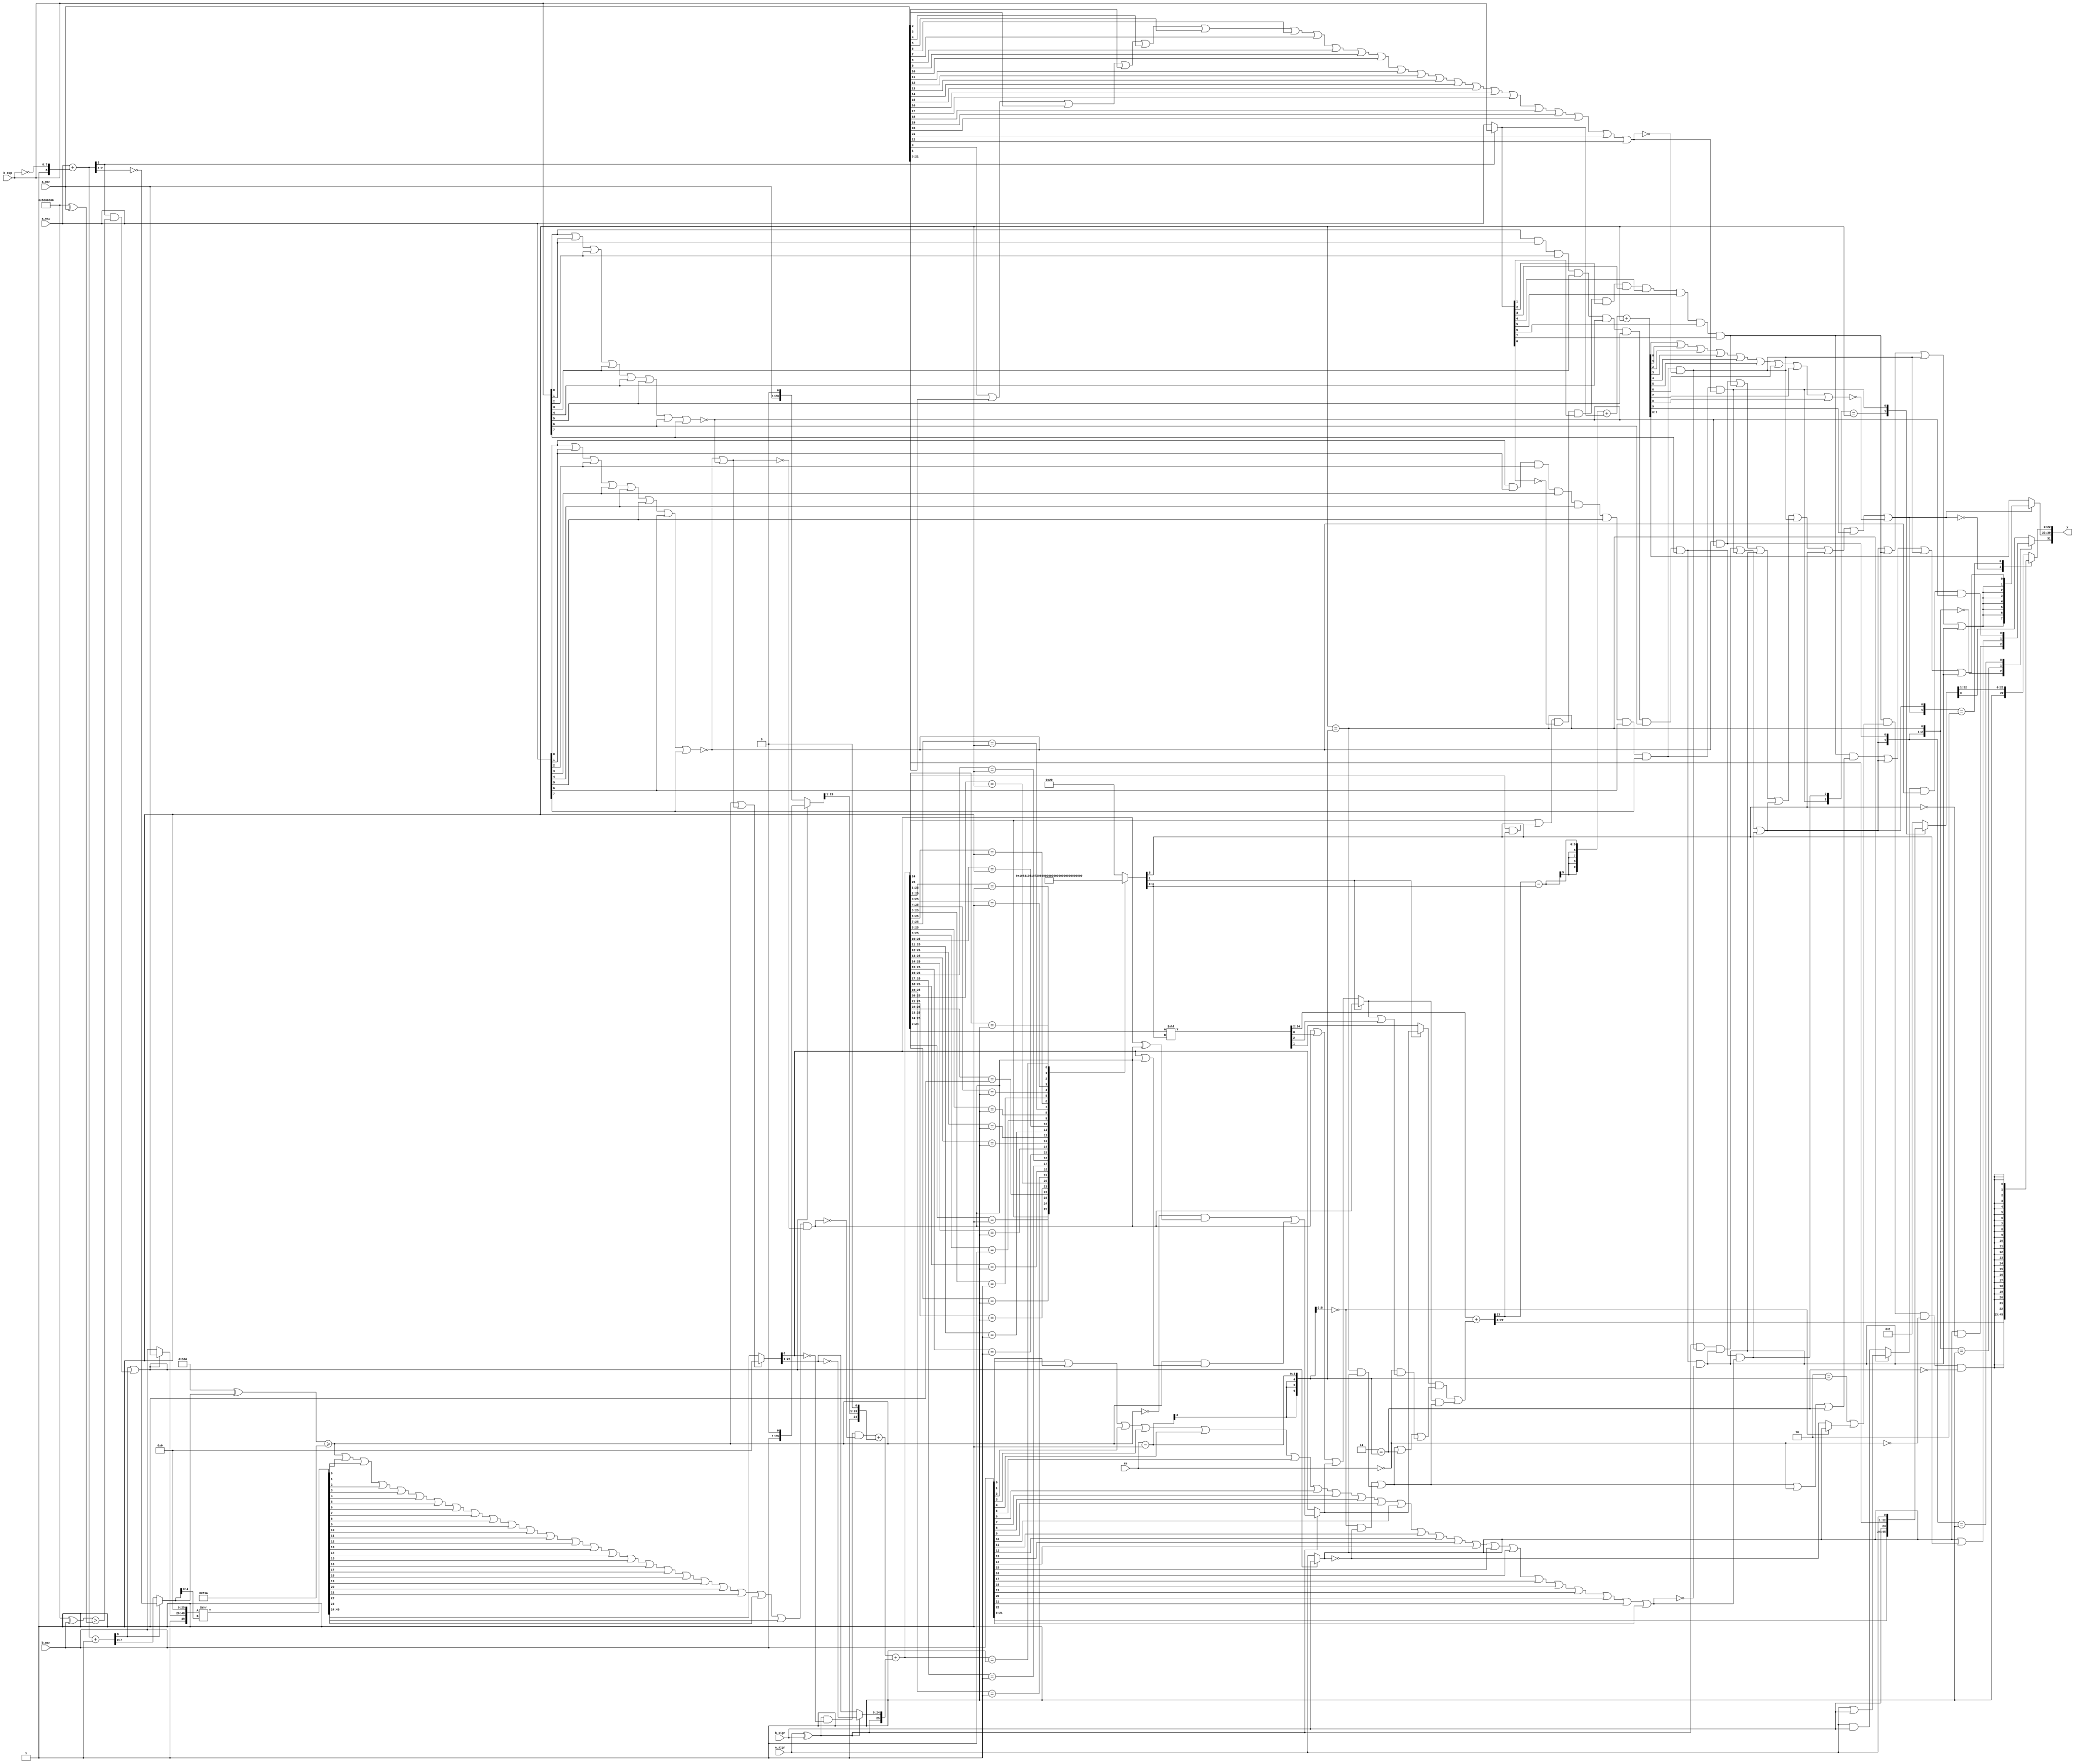
/*****************************************************************************
    Verilog RTL Description
    
    
    Created by: CellMath Designer 2019.1.01 
*******************************************************************************/

module fp_add_cynw_cm_float_add2_ieee_E8_M23_0_1 (
	a_sign,
	a_exp,
	a_man,
	b_sign,
	b_exp,
	b_man,
	rm,
	x
	); /* architecture "behavioural" */ 
input  a_sign;
input [7:0] a_exp;
input [22:0] a_man;
input  b_sign;
input [7:0] b_exp;
input [22:0] b_man;
input [2:0] rm;
output [31:0] x;
wire [31:0] inst_cellmath__3;
wire  inst_cellmath__4,
	inst_cellmath__5,
	inst_cellmath__6,
	inst_cellmath__7,
	inst_cellmath__8,
	inst_cellmath__9,
	inst_cellmath__10,
	inst_cellmath__11,
	inst_cellmath__12,
	inst_cellmath__13,
	inst_cellmath__14,
	inst_cellmath__15,
	inst_cellmath__16,
	inst_cellmath__17,
	inst_cellmath__18,
	inst_cellmath__21;
wire [24:0] inst_cellmath__25,
	inst_cellmath__26;
wire [8:0] inst_cellmath__27,
	inst_cellmath__28;
wire [7:0] inst_cellmath__29;
wire  inst_cellmath__30,
	inst_cellmath__31,
	inst_cellmath__32;
wire [49:0] inst_cellmath__33;
wire  inst_cellmath__34;
wire [7:0] inst_cellmath__35;
wire [49:0] inst_cellmath__36,
	inst_cellmath__37;
wire [25:0] inst_cellmath__39;
wire  inst_cellmath__42,
	inst_cellmath__43,
	inst_cellmath__44;
wire [26:0] inst_cellmath__45;
wire  inst_cellmath__48;
wire [5:0] inst_cellmath__49;
wire [24:0] inst_cellmath__50;
wire  inst_cellmath__53,
	inst_cellmath__54,
	inst_cellmath__55;
wire [23:0] inst_cellmath__57;
wire [9:0] inst_cellmath__59;
wire  inst_cellmath__62,
	inst_cellmath__63;
wire [22:0] inst_cellmath__64;
wire  inst_cellmath__66,
	inst_cellmath__67;
wire [7:0] inst_cellmath__68;
wire  inst_cellmath__70,
	inst_cellmath__71;
wire [7:0] inst_cellmath__72;
wire [22:0] inst_cellmath__73;
wire [0:0] inst_cellmath__24__5;
wire [7:0] inst_cellmath__27__7;
wire [8:0] inst_cellmath__27__6;
wire [9:0] inst_cellmath__28__8;
wire [0:0] inst_cellmath__29__12,
	inst_cellmath__32__14;
wire [22:0] inst_cellmath__36__15;
wire [0:0] inst_cellmath__33__18;
wire [24:0] inst_cellmath__39__19;
wire [0:0] inst_cellmath__42__22,
	inst_cellmath__43__26,
	inst_cellmath__43__25,
	inst_cellmath__43__28,
	inst_cellmath__43__27,
	inst_cellmath__43__24,
	inst_cellmath__54__33,
	inst_cellmath__55__37,
	inst_cellmath__55__36,
	inst_cellmath__55__38,
	inst_cellmath__55__39,
	inst_cellmath__55__35,
	inst_cellmath__55__34,
	inst_cellmath__55__41,
	inst_cellmath__55__40,
	inst_cellmath__60__44,
	inst_cellmath__62__46,
	inst_cellmath__62__45,
	inst_cellmath__66__58,
	inst_cellmath__66__59,
	inst_cellmath__66__56,
	inst_cellmath__67__65,
	inst_cellmath__67__66,
	inst_cellmath__67__67,
	inst_cellmath__68__0,
	inst_cellmath__68__69,
	inst_cellmath__68__68,
	inst_cellmath__70__74,
	inst_cellmath__70__73;
wire [24:0] inst_cellmath__40_0,
	inst_cellmath__40_0_0;
wire [1:0] inst_cellmath__13_0;
wire [2:0] inst_cellmath__63_0;
wire [1:0] inst_cellmath__71_0;
wire [22:0] inst_cellmath__64__48_0,
	inst_cellmath__64__48_1,
	inst_cellmath__64__48_2;

assign inst_cellmath__26[23:0] = {b_man,1'B0};

assign inst_cellmath__21 = 
	(a_sign)
	^(b_sign);

assign inst_cellmath__9 = 
	(a_exp[0])
	&(a_exp[1])
	&(a_exp[2])
	&(a_exp[3])
	&(a_exp[4])
	&(a_exp[5])
	&(a_exp[6])
	&(a_exp[7]);

assign inst_cellmath__10 = ~(
	(a_man[0])
	|(a_man[1])
	|(a_man[2])
	|(a_man[3])
	|(a_man[4])
	|(a_man[5])
	|(a_man[6])
	|(a_man[7])
	|(a_man[8])
	|(a_man[9])
	|(a_man[10])
	|(a_man[11])
	|(a_man[12])
	|(a_man[13])
	|(a_man[14])
	|(a_man[15])
	|(a_man[16])
	|(a_man[17])
	|(a_man[18])
	|(a_man[19])
	|(a_man[20])
	|(a_man[21])
	|(a_man[22]));

assign inst_cellmath__12 = 
	(inst_cellmath__9)
	&(inst_cellmath__10);

assign inst_cellmath__14 = 
	(b_exp[0])
	&(b_exp[1])
	&(b_exp[2])
	&(b_exp[3])
	&(b_exp[4])
	&(b_exp[5])
	&(b_exp[6])
	&(b_exp[7]);

assign inst_cellmath__15 = ~(
	(b_man[0])
	|(b_man[1])
	|(b_man[2])
	|(b_man[3])
	|(b_man[4])
	|(b_man[5])
	|(b_man[6])
	|(b_man[7])
	|(b_man[8])
	|(b_man[9])
	|(b_man[10])
	|(b_man[11])
	|(b_man[12])
	|(b_man[13])
	|(b_man[14])
	|(b_man[15])
	|(b_man[16])
	|(b_man[17])
	|(b_man[18])
	|(b_man[19])
	|(b_man[20])
	|(b_man[21])
	|(b_man[22]));

assign inst_cellmath__17 = 
	(inst_cellmath__14)
	&(inst_cellmath__15);

assign inst_cellmath__24__5 = 
	(inst_cellmath__21)
	&(inst_cellmath__12)
	&(inst_cellmath__17);

assign inst_cellmath__13 = 
	(inst_cellmath__9)
	&((~inst_cellmath__10));

assign inst_cellmath__18 = 
	(inst_cellmath__14)
	&((~inst_cellmath__15));

assign inst_cellmath__63 = 
	(inst_cellmath__24__5)
	|(inst_cellmath__13)
	|(inst_cellmath__18);

assign inst_cellmath__11 = ~(
	(a_exp[0])
	|(a_exp[1])
	|(a_exp[2])
	|(a_exp[3])
	|(a_exp[4])
	|(a_exp[5])
	|(a_exp[6])
	|(a_exp[7]));

assign inst_cellmath__16 = ~(
	(b_exp[0])
	|(b_exp[1])
	|(b_exp[2])
	|(b_exp[3])
	|(b_exp[4])
	|(b_exp[5])
	|(b_exp[6])
	|(b_exp[7]));

assign inst_cellmath__67__67 = 
	(inst_cellmath__11)
	&(inst_cellmath__16);

assign inst_cellmath__6 = (7'B0000001==(rm - 7'B0000001));

assign inst_cellmath__63_0 = {inst_cellmath__63,inst_cellmath__67__67,inst_cellmath__6};

assign inst_cellmath__27__7 = ~b_exp;

assign inst_cellmath__27__6 = {1'B1,inst_cellmath__27__7};

assign inst_cellmath__28__8[8:0] = a_exp + inst_cellmath__27__6;
assign inst_cellmath__27 = a_exp + inst_cellmath__27__6 + 9'B000000001;

assign inst_cellmath__28[8] = ~inst_cellmath__28__8[8];

assign inst_cellmath__34 = ((28'B1000000000000000000000000000 ^ b_man)>(28'B1000000000000000000000000000 ^ a_man));

assign inst_cellmath__32__14 = 
	((~inst_cellmath__28[8]))
	&(inst_cellmath__34);

assign inst_cellmath__32 = 
	(inst_cellmath__27[8])
	|(inst_cellmath__32__14);

reg [0:0] inst_cellmath__48_tmp_0;
assign inst_cellmath__48 = inst_cellmath__48_tmp_0;
always @ (inst_cellmath__32 or a_sign or b_sign) begin
	case (inst_cellmath__32)
		1'B0 : inst_cellmath__48_tmp_0 = a_sign ;
		default : inst_cellmath__48_tmp_0 = b_sign ;
	endcase
end

reg [7:0] inst_cellmath__35_tmp_1;
assign inst_cellmath__35 = inst_cellmath__35_tmp_1;
always @ (inst_cellmath__27[8] or inst_cellmath__27[7:0] or inst_cellmath__28__8[7:0]) begin
	case (inst_cellmath__27[8])
		1'B0 : inst_cellmath__35_tmp_1 = inst_cellmath__27[7:0] ;
		default : inst_cellmath__35_tmp_1 = ~inst_cellmath__28__8[7:0] ;
	endcase
end

assign inst_cellmath__30 = ((12'B100000000000 ^ inst_cellmath__35)>=(12'B100000000000 ^ 12'B000000011010));

assign inst_cellmath__31 = 
	(inst_cellmath__11)
	|(inst_cellmath__16);

assign inst_cellmath__33__18 = 
	(inst_cellmath__30)
	|(inst_cellmath__31);

reg [22:0] inst_cellmath__36__15_tmp_2;
assign inst_cellmath__36__15 = inst_cellmath__36__15_tmp_2;
always @ (inst_cellmath__32 or b_man or a_man) begin
	case (inst_cellmath__32)
		1'B0 : inst_cellmath__36__15_tmp_2 = b_man ;
		default : inst_cellmath__36__15_tmp_2 = a_man ;
	endcase
end

assign inst_cellmath__36 = {1'B1,inst_cellmath__36__15,26'B00000000000000000000000000};

assign inst_cellmath__37 = inst_cellmath__36 >> inst_cellmath__35[4:0];

reg [25:0] inst_cellmath__33_49_24_;
assign inst_cellmath__33[49:24] = inst_cellmath__33_49_24_;
always @ (inst_cellmath__33__18 or inst_cellmath__37[49:24]) begin
	case (inst_cellmath__33__18)
		1'B0 : inst_cellmath__33_49_24_ = inst_cellmath__37[49:24] ;
		default : inst_cellmath__33_49_24_ = {26{1'b0}} ;
	endcase
end

assign inst_cellmath__42__22 = 
	(inst_cellmath__30)
	|(inst_cellmath__37[0])
	|(inst_cellmath__37[1])
	|(inst_cellmath__37[2])
	|(inst_cellmath__37[3])
	|(inst_cellmath__37[4])
	|(inst_cellmath__37[5])
	|(inst_cellmath__37[6])
	|(inst_cellmath__37[7])
	|(inst_cellmath__37[8])
	|(inst_cellmath__37[9])
	|(inst_cellmath__37[10])
	|(inst_cellmath__37[11])
	|(inst_cellmath__37[12])
	|(inst_cellmath__37[13])
	|(inst_cellmath__37[14])
	|(inst_cellmath__37[15])
	|(inst_cellmath__37[16])
	|(inst_cellmath__37[17])
	|(inst_cellmath__37[18])
	|(inst_cellmath__37[19])
	|(inst_cellmath__37[20])
	|(inst_cellmath__37[21])
	|(inst_cellmath__37[22])
	|(inst_cellmath__37[23]);

assign inst_cellmath__42 = 
	(inst_cellmath__42__22)
	&((~inst_cellmath__31));

assign inst_cellmath__44 = 
	(inst_cellmath__21)
	&((~inst_cellmath__33[24]))
	&((~inst_cellmath__42));

assign inst_cellmath__25[23:0] = {a_man,1'B0};

reg [23:0] inst_cellmath__40_0_0_23_0_;
assign inst_cellmath__40_0_0[23:0] = inst_cellmath__40_0_0_23_0_;
always @ (inst_cellmath__32 or inst_cellmath__25[23:0] or inst_cellmath__26[23:0]) begin
	case (inst_cellmath__32)
		1'B0 : inst_cellmath__40_0_0_23_0_ = inst_cellmath__25[23:0] ;
		default : inst_cellmath__40_0_0_23_0_ = inst_cellmath__26[23:0] ;
	endcase
end

assign inst_cellmath__40_0 = {1'B1,inst_cellmath__40_0_0[23:1],1'B0};

reg [24:0] inst_cellmath__39__19_tmp_3;
assign inst_cellmath__39__19 = inst_cellmath__39__19_tmp_3;
always @ (inst_cellmath__21 or inst_cellmath__33[49:25]) begin
	case (inst_cellmath__21)
		1'B0 : inst_cellmath__39__19_tmp_3 = inst_cellmath__33[49:25] ;
		default : inst_cellmath__39__19_tmp_3 = ~inst_cellmath__33[49:25] ;
	endcase
end

assign inst_cellmath__39 = {inst_cellmath__21,inst_cellmath__39__19};

wire [25:0] inst_cellmath__45_tmp_4;
assign inst_cellmath__45_tmp_4 = 
	+(inst_cellmath__44)
	+((inst_cellmath__40_0[24:1]<<1));
assign inst_cellmath__45[25:0] = inst_cellmath__45_tmp_4
	+(inst_cellmath__39);

reg [5:0] inst_cellmath__49_tmp_5;
assign inst_cellmath__49 = inst_cellmath__49_tmp_5;
always @ (inst_cellmath__45[25:0]) begin
	casez (inst_cellmath__45[25:0])
		26'B1????????????????????????? : inst_cellmath__49_tmp_5 = 6'B000000 ;
		26'B01???????????????????????? : inst_cellmath__49_tmp_5 = 6'B000001 ;
		26'B001??????????????????????? : inst_cellmath__49_tmp_5 = 6'B000010 ;
		26'B0001?????????????????????? : inst_cellmath__49_tmp_5 = 6'B000011 ;
		26'B00001????????????????????? : inst_cellmath__49_tmp_5 = 6'B000100 ;
		26'B000001???????????????????? : inst_cellmath__49_tmp_5 = 6'B000101 ;
		26'B0000001??????????????????? : inst_cellmath__49_tmp_5 = 6'B000110 ;
		26'B00000001?????????????????? : inst_cellmath__49_tmp_5 = 6'B000111 ;
		26'B000000001????????????????? : inst_cellmath__49_tmp_5 = 6'B001000 ;
		26'B0000000001???????????????? : inst_cellmath__49_tmp_5 = 6'B001001 ;
		26'B00000000001??????????????? : inst_cellmath__49_tmp_5 = 6'B001010 ;
		26'B000000000001?????????????? : inst_cellmath__49_tmp_5 = 6'B001011 ;
		26'B0000000000001????????????? : inst_cellmath__49_tmp_5 = 6'B001100 ;
		26'B00000000000001???????????? : inst_cellmath__49_tmp_5 = 6'B001101 ;
		26'B000000000000001??????????? : inst_cellmath__49_tmp_5 = 6'B001110 ;
		26'B0000000000000001?????????? : inst_cellmath__49_tmp_5 = 6'B001111 ;
		26'B00000000000000001????????? : inst_cellmath__49_tmp_5 = 6'B010000 ;
		26'B000000000000000001???????? : inst_cellmath__49_tmp_5 = 6'B010001 ;
		26'B0000000000000000001??????? : inst_cellmath__49_tmp_5 = 6'B010010 ;
		26'B00000000000000000001?????? : inst_cellmath__49_tmp_5 = 6'B010011 ;
		26'B000000000000000000001????? : inst_cellmath__49_tmp_5 = 6'B010100 ;
		26'B0000000000000000000001???? : inst_cellmath__49_tmp_5 = 6'B010101 ;
		26'B00000000000000000000001??? : inst_cellmath__49_tmp_5 = 6'B010110 ;
		26'B000000000000000000000001?? : inst_cellmath__49_tmp_5 = 6'B010111 ;
		26'B0000000000000000000000001? : inst_cellmath__49_tmp_5 = 6'B011000 ;
		26'B00000000000000000000000001 : inst_cellmath__49_tmp_5 = 6'B011001 ;
		default : inst_cellmath__49_tmp_5 = 6'B100000 ;
	endcase
end

assign inst_cellmath__67__66 = 
	(inst_cellmath__48)
	&((~inst_cellmath__49[5]));

assign inst_cellmath__67__65 = 
	(inst_cellmath__48)
	|(inst_cellmath__49[5]);

assign inst_cellmath__66__59 = 
	(a_sign)
	&(b_sign);

assign inst_cellmath__66__58 = 
	(a_sign)
	|(b_sign);

reg [0:0] inst_cellmath__66__56_tmp_6;
assign inst_cellmath__66__56 = inst_cellmath__66__56_tmp_6;
always @ (inst_cellmath__6 or inst_cellmath__66__59 or inst_cellmath__66__58) begin
	case (inst_cellmath__6)
		1'B0 : inst_cellmath__66__56_tmp_6 = inst_cellmath__66__59 ;
		default : inst_cellmath__66__56_tmp_6 = inst_cellmath__66__58 ;
	endcase
end

assign inst_cellmath__66 = 
	(inst_cellmath__66__56)
	&(inst_cellmath__11)
	&(inst_cellmath__16);

assign inst_cellmath__13_0 = {inst_cellmath__13,inst_cellmath__18};

assign inst_cellmath__64__48_1 = {b_man[21:0],b_sign};

assign inst_cellmath__64__48_2 = {a_man[21:0],a_sign};

reg [22:0] inst_cellmath__64__48_0_tmp_7;
assign inst_cellmath__64__48_0 = inst_cellmath__64__48_0_tmp_7;
always @ (inst_cellmath__13_0 or inst_cellmath__64__48_1 or inst_cellmath__64__48_2) begin
	casez (inst_cellmath__13_0)
		2'B01 : inst_cellmath__64__48_0_tmp_7 = inst_cellmath__64__48_1 ;
		2'B1? : inst_cellmath__64__48_0_tmp_7 = inst_cellmath__64__48_2 ;
		default : inst_cellmath__64__48_0_tmp_7 = 23'B00000000000000000000001 ;
	endcase
end

reg [0:0] inst_cellmath__67_tmp_8;
assign inst_cellmath__67 = inst_cellmath__67_tmp_8;
always @ (inst_cellmath__63_0 or inst_cellmath__67__66 or inst_cellmath__67__65 or inst_cellmath__66 or inst_cellmath__64__48_0[0]) begin
	casez (inst_cellmath__63_0)
		3'B000 : inst_cellmath__67_tmp_8 = inst_cellmath__67__66 ;
		3'B001 : inst_cellmath__67_tmp_8 = inst_cellmath__67__65 ;
		3'B01? : inst_cellmath__67_tmp_8 = inst_cellmath__66 ;
		default : inst_cellmath__67_tmp_8 = inst_cellmath__64__48_0[0] ;
	endcase
end

assign inst_cellmath__50 = inst_cellmath__45[24:0] << inst_cellmath__49[4:0];

assign inst_cellmath__43__26 = 
	(inst_cellmath__33[24])
	^(inst_cellmath__42);

assign inst_cellmath__43__25 = 
	((~inst_cellmath__30))
	&(inst_cellmath__43__26);

assign inst_cellmath__43__28 = 
	(inst_cellmath__33[24])
	|(inst_cellmath__42);

assign inst_cellmath__43__27 = 
	(inst_cellmath__30)
	&(inst_cellmath__43__28);

assign inst_cellmath__43__24 = 
	(inst_cellmath__43__25)
	|(inst_cellmath__43__27);

reg [0:0] inst_cellmath__43_tmp_9;
assign inst_cellmath__43 = inst_cellmath__43_tmp_9;
always @ (inst_cellmath__21 or inst_cellmath__33[24] or inst_cellmath__43__24) begin
	case (inst_cellmath__21)
		1'B0 : inst_cellmath__43_tmp_9 = inst_cellmath__33[24] ;
		default : inst_cellmath__43_tmp_9 = inst_cellmath__43__24 ;
	endcase
end

reg [0:0] inst_cellmath__53_tmp_10;
assign inst_cellmath__53 = inst_cellmath__53_tmp_10;
always @ (inst_cellmath__49[1] or inst_cellmath__50[1] or inst_cellmath__43) begin
	case (inst_cellmath__49[1])
		1'B0 : inst_cellmath__53_tmp_10 = inst_cellmath__50[1] ;
		default : inst_cellmath__53_tmp_10 = inst_cellmath__43 ;
	endcase
end

assign inst_cellmath__5 = (6'B000000==(rm - 6'B000001));

assign inst_cellmath__55__39 = 
	(inst_cellmath__5)
	&((~inst_cellmath__48));

assign inst_cellmath__55__38 = 
	(inst_cellmath__6)
	&(inst_cellmath__48);

assign inst_cellmath__8 = (7'B0000011==(rm - 7'B0000001));

assign inst_cellmath__4 = (7'B0000000==rm);

assign inst_cellmath__54__33 = 
	(inst_cellmath__42)
	|(inst_cellmath__50[0])
	|(inst_cellmath__43);

reg [0:0] inst_cellmath__54_tmp_11;
assign inst_cellmath__54 = inst_cellmath__54_tmp_11;
always @ (inst_cellmath__49[1] or inst_cellmath__54__33 or inst_cellmath__42) begin
	case (inst_cellmath__49[1])
		1'B0 : inst_cellmath__54_tmp_11 = inst_cellmath__54__33 ;
		default : inst_cellmath__54_tmp_11 = inst_cellmath__42 ;
	endcase
end

assign inst_cellmath__55__37 = 
	(inst_cellmath__54)
	|(inst_cellmath__50[2]);

assign inst_cellmath__55__36 = 
	(inst_cellmath__4)
	&(inst_cellmath__55__37);

assign inst_cellmath__55__35 = 
	(inst_cellmath__55__39)
	|(inst_cellmath__55__38)
	|(inst_cellmath__8)
	|(inst_cellmath__55__36);

assign inst_cellmath__55__34 = 
	(inst_cellmath__53)
	&(inst_cellmath__55__35);

assign inst_cellmath__55__41 = 
	(inst_cellmath__55__38)
	|(inst_cellmath__55__39);

assign inst_cellmath__55__40 = 
	(inst_cellmath__54)
	&(inst_cellmath__55__41);

assign inst_cellmath__55 = 
	(inst_cellmath__55__34)
	|(inst_cellmath__55__40);

assign inst_cellmath__57 = 
	+(inst_cellmath__50[24:2])
	+(inst_cellmath__55);

assign inst_cellmath__62__46 = 
	(inst_cellmath__45[24])
	&(inst_cellmath__57[23]);

assign inst_cellmath__62__45 = 
	(inst_cellmath__45[25])
	|(inst_cellmath__62__46);

assign inst_cellmath__29__12 = ~inst_cellmath__28[8];

reg [7:0] inst_cellmath__29_tmp_12;
assign inst_cellmath__29 = inst_cellmath__29_tmp_12;
always @ (inst_cellmath__29__12 or a_exp or b_exp) begin
	case (inst_cellmath__29__12)
		1'B0 : inst_cellmath__29_tmp_12 = a_exp ;
		default : inst_cellmath__29_tmp_12 = b_exp ;
	endcase
end

assign inst_cellmath__62 = 
	(inst_cellmath__62__45)
	&((~inst_cellmath__29[0]))
	&(inst_cellmath__29[1])
	&(inst_cellmath__29[2])
	&(inst_cellmath__29[3])
	&(inst_cellmath__29[4])
	&(inst_cellmath__29[5])
	&(inst_cellmath__29[6])
	&(inst_cellmath__29[7]);

wire [9:0] inst_cellmath__59_tmp_13;
wire [9:0] inst_cellmath__59_tmp_14;
assign inst_cellmath__59_tmp_14 = 
	+(inst_cellmath__57[23])
	-(inst_cellmath__49[4:0]);
assign inst_cellmath__59_tmp_13 = inst_cellmath__59_tmp_14
	+(inst_cellmath__29);
assign inst_cellmath__59 = inst_cellmath__59_tmp_13
	+(10'B0000000001);

assign inst_cellmath__60__44 = 
	(inst_cellmath__59[0])
	|(inst_cellmath__59[1])
	|(inst_cellmath__59[2])
	|(inst_cellmath__59[3])
	|(inst_cellmath__59[4])
	|(inst_cellmath__59[5])
	|(inst_cellmath__59[6])
	|(inst_cellmath__59[7])
	|(inst_cellmath__59[8]);

assign inst_cellmath__71 = 
	(inst_cellmath__67__67)
	|(inst_cellmath__62)
	|(inst_cellmath__17)
	|(inst_cellmath__63)
	|(inst_cellmath__12)
	|(inst_cellmath__49[5])
	|(inst_cellmath__59[9])
	|((~inst_cellmath__60__44));

assign inst_cellmath__68__69 = 
	(inst_cellmath__55__38)
	|(inst_cellmath__55__39)
	|(inst_cellmath__4)
	|(inst_cellmath__8);

assign inst_cellmath__68__68 = 
	(inst_cellmath__62)
	&(inst_cellmath__68__69);

assign inst_cellmath__68[0] = 
	(inst_cellmath__68__68)
	|(inst_cellmath__63)
	|(inst_cellmath__12)
	|(inst_cellmath__17);

assign inst_cellmath__68__0 = 
	(inst_cellmath__63)
	|(inst_cellmath__62)
	|(inst_cellmath__12)
	|(inst_cellmath__17);

assign inst_cellmath__68[7:1] = {{6{inst_cellmath__68__0}}, inst_cellmath__68__0};

reg [7:0] inst_cellmath__72_tmp_15;
assign inst_cellmath__72 = inst_cellmath__72_tmp_15;
always @ (inst_cellmath__71 or inst_cellmath__59[7:0] or inst_cellmath__68) begin
	case (inst_cellmath__71)
		1'B0 : inst_cellmath__72_tmp_15 = inst_cellmath__59[7:0] ;
		default : inst_cellmath__72_tmp_15 = inst_cellmath__68 ;
	endcase
end

assign inst_cellmath__71_0 = {inst_cellmath__71,inst_cellmath__63};

assign inst_cellmath__7 = (7'B0000010==(rm - 7'B0000001));

reg [0:0] inst_cellmath__70__74_tmp_16;
assign inst_cellmath__70__74 = inst_cellmath__70__74_tmp_16;
always @ (inst_cellmath__5 or inst_cellmath__48) begin
	case (inst_cellmath__5)
		1'B0 : inst_cellmath__70__74_tmp_16 = ~inst_cellmath__48 ;
		default : inst_cellmath__70__74_tmp_16 = inst_cellmath__48 ;
	endcase
end

assign inst_cellmath__70__73 = 
	(inst_cellmath__7)
	|(inst_cellmath__70__74);

assign inst_cellmath__70 = 
	(inst_cellmath__62)
	&(inst_cellmath__70__73)
	&((~inst_cellmath__4))
	&((~inst_cellmath__8));

assign inst_cellmath__64 = {1'B1,inst_cellmath__64__48_0[22:1]};

reg [22:0] inst_cellmath__73_tmp_17;
assign inst_cellmath__73 = inst_cellmath__73_tmp_17;
always @ (inst_cellmath__71_0 or inst_cellmath__57[22:0] or inst_cellmath__70 or inst_cellmath__64) begin
	casez (inst_cellmath__71_0)
		2'B0? : inst_cellmath__73_tmp_17 = inst_cellmath__57[22:0] ;
		2'B10 : inst_cellmath__73_tmp_17 = {{22{inst_cellmath__70}}, inst_cellmath__70} ;
		default : inst_cellmath__73_tmp_17 = inst_cellmath__64 ;
	endcase
end

assign inst_cellmath__3 = {inst_cellmath__67,inst_cellmath__72,inst_cellmath__73};

assign x = inst_cellmath__3;
endmodule

/* CADENCE  ubH3TQ/XqQ== : u9/ySgnWtBlWxVPRXgAZ4Og= ** DO NOT EDIT THIS LINE **/